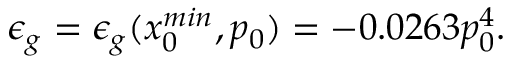
\epsilon _ { g } = \epsilon _ { g } ( x _ { 0 } ^ { m i n } , p _ { 0 } ) = - 0 . 0 2 6 3 p _ { 0 } ^ { 4 } .